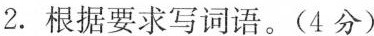
2. 根据要求写词语。(4分)